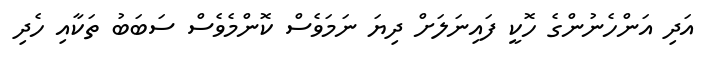
އަދި އަންހެނުންގެ ހޮކީ ފައިނަލަށް ދިޔަ ނަމަވެސް ކޮންމެވެސް ސަބަބު ތަކާއި ހެދި